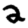
Digit: 2